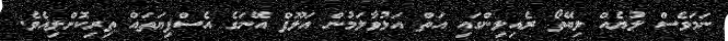
ނަމަވެސް ލުޔެއް ލިބޭތޯ ރެއިލިންގައި އަތް އަޅުވާލަމުން އަލޫފް އޭނަގެ އެސްފިޔަތައް ތިރިކޮށްލިއެވެ.